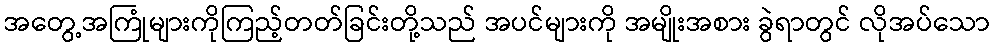
အတွေ့အကြုံများကိုကြည့်တတ်ခြင်းတို့သည် အပင်များကို အမျိုးအစား ခွဲရာတွင် လိုအပ်သော